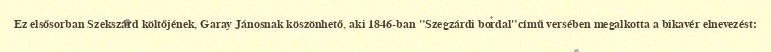
Ez elsősorban Szekszárd költőjének, Garay Jánosnak köszönhető, aki 1846-ban "Szegzárdi bordal"című versében megalkotta a bikavér elnevezést: